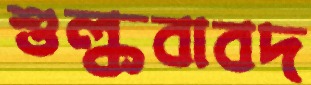
শুল্কবাবদ